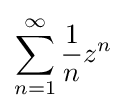
\sum _{n=1}^{\infty }{\frac {1}{n}}z^{n}